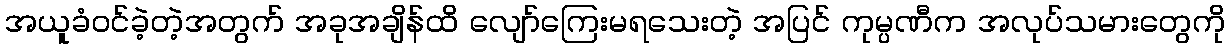
အယူခံဝင်ခဲ့တဲ့အတွက် အခုအချိန်ထိ လျော်ကြေးမရသေးတဲ့ အပြင် ကုမ္ပဏီက အလုပ်သမားတွေကို